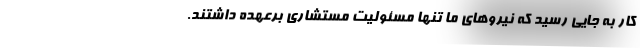
کار به جایی رسید که نیروهای ما تنها مسئولیت مستشاری برعهده داشتند.